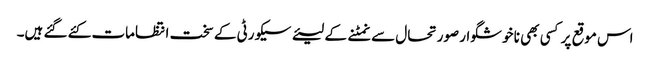
اس موقع پر کسی بھی نا خوشگوار صورتحال سے نمٹنے کے لیئے سیکورٹی کے سخت انتظامات کئے گئے ہیں۔